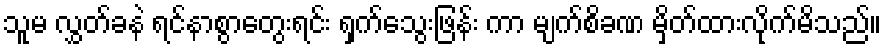
သူမ လွှတ်ခနဲ ရင်နာစွာတွေးရင်း ရှက်သွေးဖြန်း ကာ မျက်စိခဏ မှိတ်ထားလိုက်မိသည်။